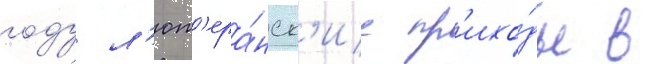
году л'ют'ера́нск'ие пр'ихо́ды в